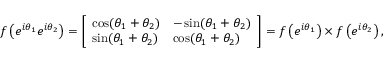
f \left( e ^ { i \theta _ { 1 } } e ^ { i \theta _ { 2 } } \right) = { \left[ \begin{array} { l l } { \cos ( \theta _ { 1 } + \theta _ { 2 } ) } & { - \sin ( \theta _ { 1 } + \theta _ { 2 } ) } \\ { \sin ( \theta _ { 1 } + \theta _ { 2 } ) } & { \cos ( \theta _ { 1 } + \theta _ { 2 } ) } \end{array} \right] } = f \left( e ^ { i \theta _ { 1 } } \right) \times f \left( e ^ { i \theta _ { 2 } } \right) ,